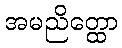
အမညိတ္ထော